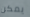
يمكن